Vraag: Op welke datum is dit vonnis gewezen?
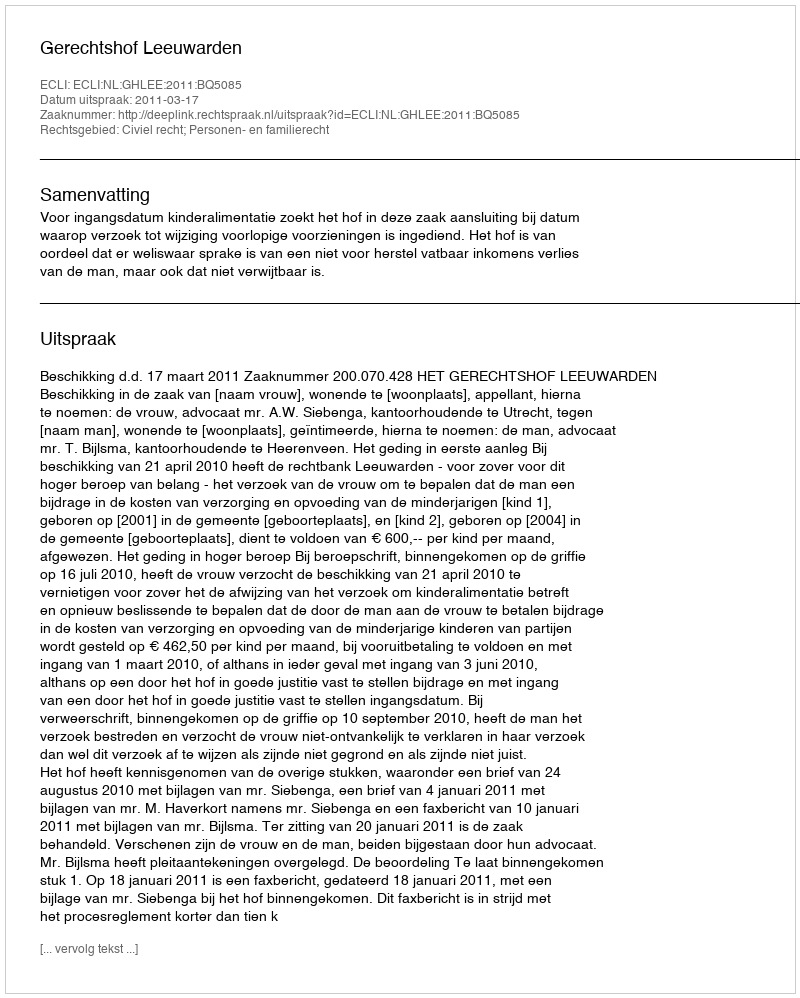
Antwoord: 2011-03-17